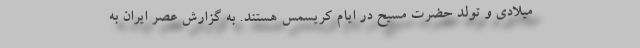
میلادی و تولد حضرت مسیح در ایام کریسمس هستند. به گزارش عصر ایران به